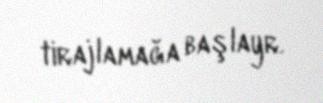
tirajlamağa başlayr.